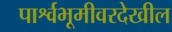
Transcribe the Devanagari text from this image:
पार्श्वभूमीवरदेखील